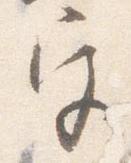
宮